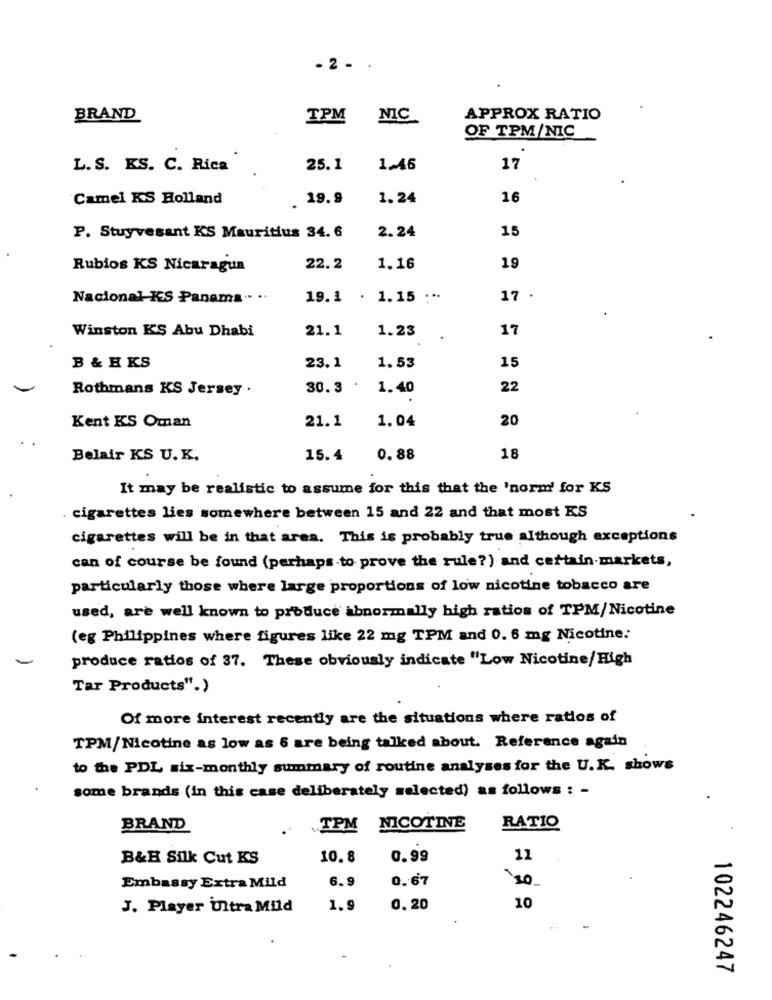
- 2 . .
BRAND
TPM
NIC
APPROX RATIO
OF TPM/NIC
L.S. KS. C. Rica
25.1
1.46
17
Camel KS Holland
. 19. 9
1.24
16
2.24
15
P. Stuyvesant KS Mauritius 34. 6
Rubios KS Nicaragua
22.2
1.16
19
Nacional KS Panama .. ..
19.1 . 1.15 :**
17 .
Winston KS Abu Dhabi
21.1
1.23
17
1.53
B & H KS
23.1
15
Rothmans KS Jersey .
30.3
1.40
22
21.1
1.04
20
Kent KS Oman
Belair KS U.K.
15.4
0.88
18
It may be realistic to assume for this that the 'norm' for KS
cigarettes lies somewhere between 15 and 22 and that most KS
cigarettes will be in that area. This is probably true although exceptions
can of course be found (perhaps to prove the rule?) and certain-markets,
particularly those where large proportions of low nicotine tobacco are
used, are well known to produce abnormally high ratios of TPM/Nicotine
(eg Philippines where figures like 22 mg TPM and 0. 6 mg Nicotine:
produce ratios of 37. These obviously indicate "Low Nicotine/High
Tar Products".)
Of more interest recently are the situations where ratios of
TPM/Nicotine as low as 6 are being talked about. Reference again
to the PDL six-monthly summary of routine analyses for the U.K. shows
some brands (in this case deliberately selected) as follows : -
BRAND
.TPM NICOTINE
RATIO
B&H Silk Cut KS
10.8
0.99
11
6.9
0. 67
'30
Embassy Extra Mild
10
J. Player Ultra Mild
1.9
0. 20
..
102246247